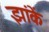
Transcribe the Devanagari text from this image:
झांकें